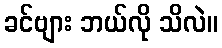
ခင်ဗျား ဘယ်လို သိလဲ။